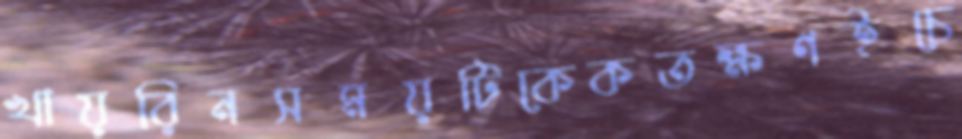
খায়রিনসময়টিকেকতক্ষণইচে